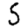
Digit: 5